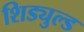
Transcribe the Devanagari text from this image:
शिड्युल्ड